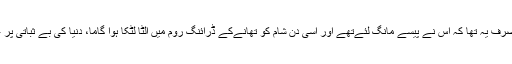
گامے کا گناہ صرف یہ تھا کہ اس نے پیسے مانگ لئےتھے اور اسی دن شام کو تھانےکے ڈرائنگ روم میں الٹا لٹکا ہوا گاما، دنیا کی بے ثباتی پر غور کررہا تھا!